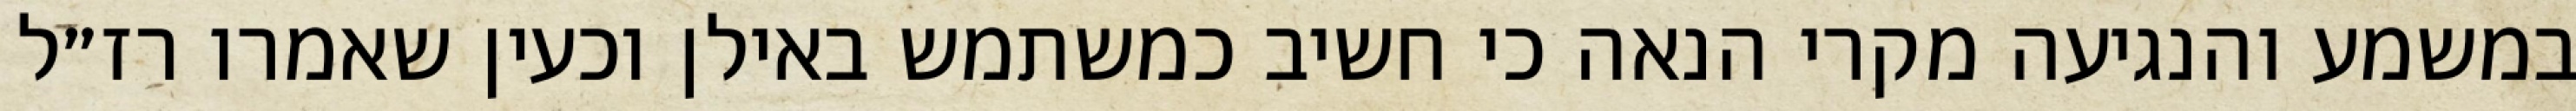
במשמע והנגיעה מקרי הנאה כי חשיב כמשתמש באילן וכעין שאמרו רז״ל